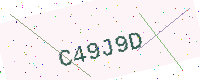
Text: C49J9D